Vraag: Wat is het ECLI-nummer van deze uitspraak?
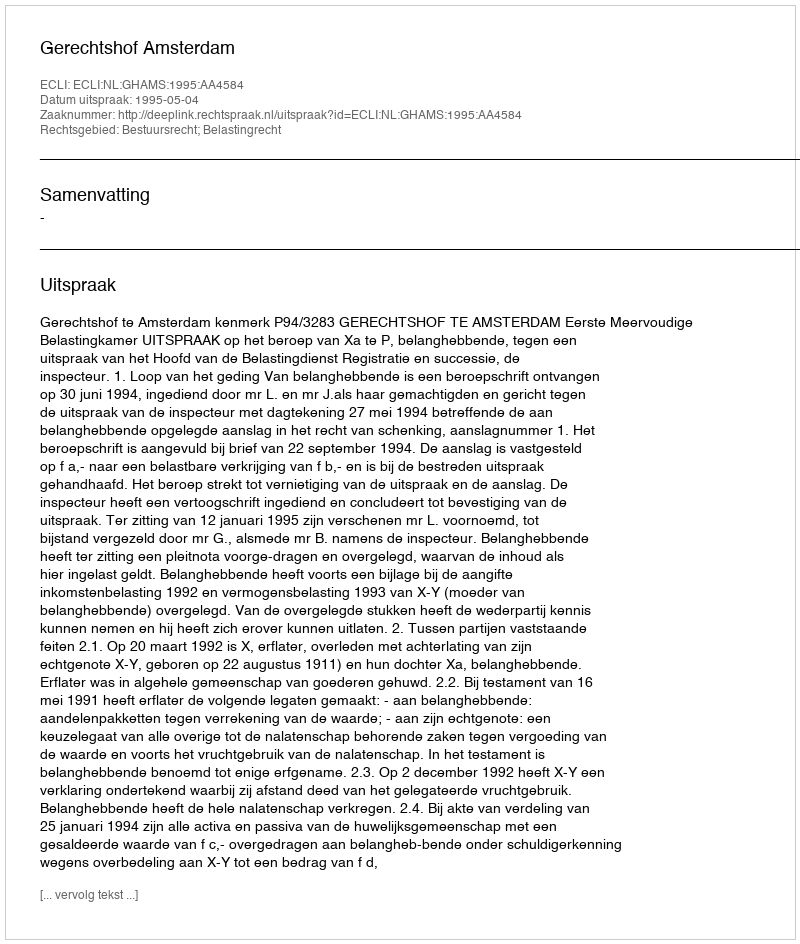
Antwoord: ECLI:NL:GHAMS:1995:AA4584